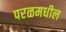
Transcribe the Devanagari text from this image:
परळमधील